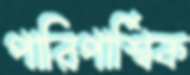
পারিপার্শ্বিক